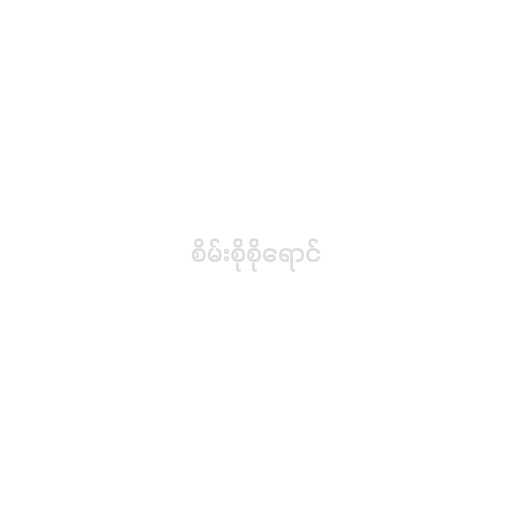
စိမ်းစိုစိုရောင်